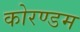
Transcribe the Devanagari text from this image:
कोरण्डम